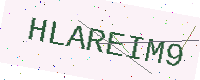
Text: HLAREIM9